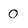
Character: 0